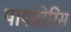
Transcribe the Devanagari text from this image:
पायग्नोरिस